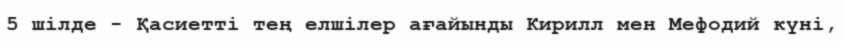
5 шілде - Қасиетті тең елшілер ағайынды Кирилл мен Мефодий күні,